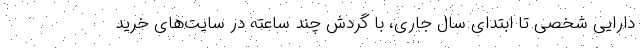
دارایی شخصی تا ابتدای سال جاری، با گردش چند ساعته در سایت‌های خرید